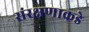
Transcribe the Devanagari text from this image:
संरक्षणाकडे